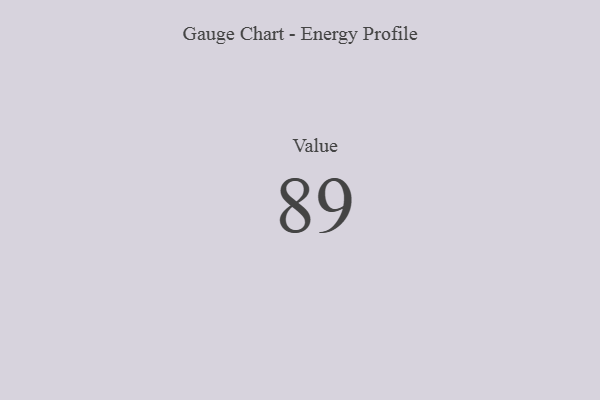
{"axis": {"x": "Metric", "y": "Value"}, "legend": [""], "data": [{"x": "Value", "y": 89, "type": ""}]}